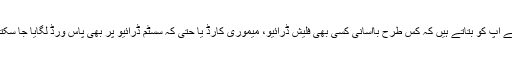
تو آئیے آپ کو بتاتے ہیں کہ کس طرح باآسانی کسی بھی فلیش ڈرائیو، میموری کارڈ یا حتیٰ کہ سسٹم ڈرائیو پر بھی پاس ورڈ لگایا جا سکتا ہے۔